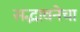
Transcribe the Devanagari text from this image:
सद्भावनेचा